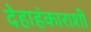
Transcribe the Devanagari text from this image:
देहाहंकाराशी